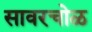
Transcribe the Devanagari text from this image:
सावरचोळ